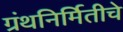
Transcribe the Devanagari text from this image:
ग्रंथनिर्मितीचे